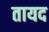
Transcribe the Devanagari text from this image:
तायद